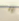
يا